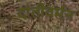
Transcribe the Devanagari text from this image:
दांतीवर्मन